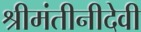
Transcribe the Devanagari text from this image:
श्रीमंतीनीदेवी